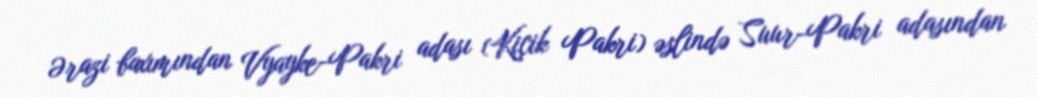
Ərazi baxımından Vyayke-Pakri adası (Kiçik Pakri) əslində Suur-Pakri adasından